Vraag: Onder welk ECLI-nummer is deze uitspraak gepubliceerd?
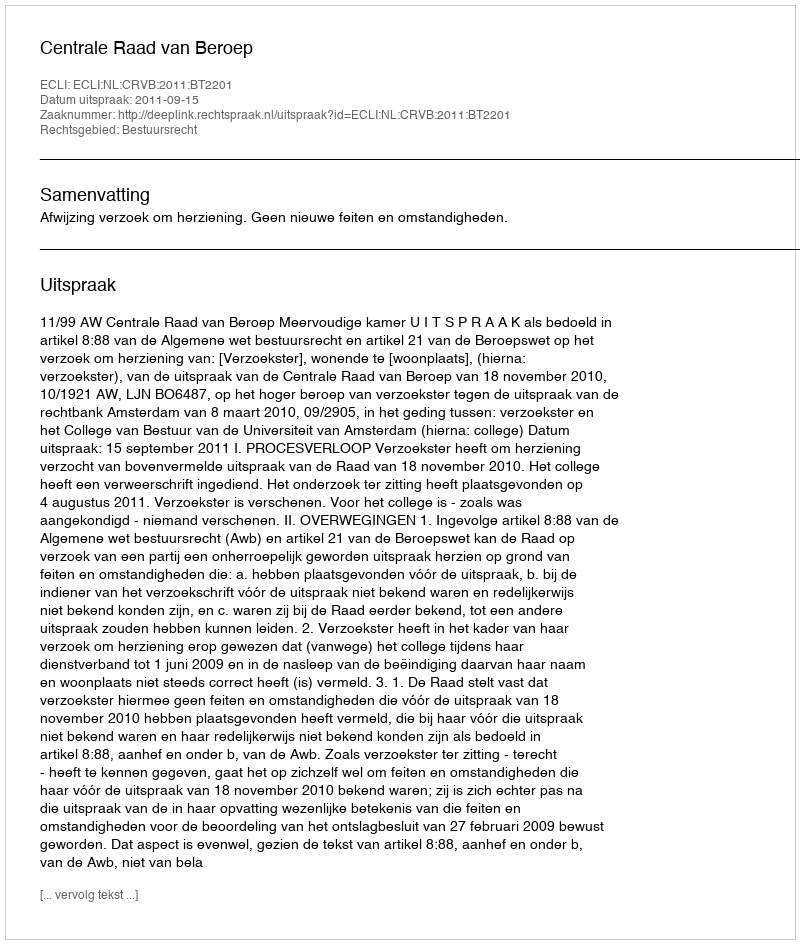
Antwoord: ECLI:NL:CRVB:2011:BT2201